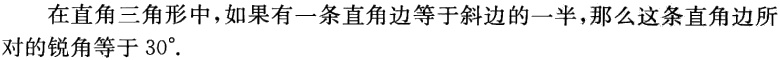
在直角三角形中，如果有一条直角边等于斜边的一半，那么这条直角边所对的锐角等于\(30^{\circ}\).